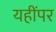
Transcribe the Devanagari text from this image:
यहींपर